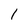
Character: 1